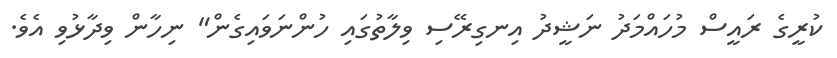
ކުރީގެ ރައީސް މުހައްމަދު ނަޝީދު އިނގިރޭސި ވިލާތުގައި ހުންނަވައިގެން" ނިހާން ވިދާޅުވި އެވެ.